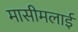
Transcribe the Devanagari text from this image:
मासीमलाई